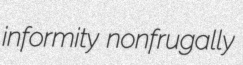
informity nonfrugally